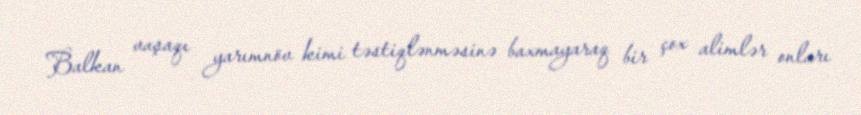
Balkan vaşaqı yarımnöv kimi təstiqlənməsinə baxmayaraq bir çox alimlər onları